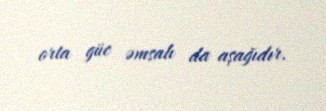
orta güc əmsalı da aşağıdır.